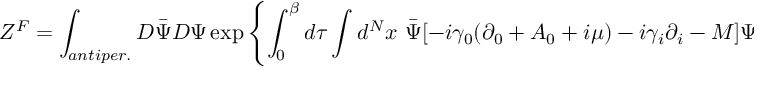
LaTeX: { \cal Z } ^ { F } = \int _ { a n t i p e r . } D \bar { \Psi } D \Psi \exp \left\{ \int _ { 0 } ^ { \beta } d \tau \int d ^ { N } x \ \bar { \Psi } [ - i \gamma _ { 0 } ( \partial _ { 0 } + A _ { 0 } + i \mu ) - i \gamma _ { i } \partial _ { i } - M ] \Psi \right\} .